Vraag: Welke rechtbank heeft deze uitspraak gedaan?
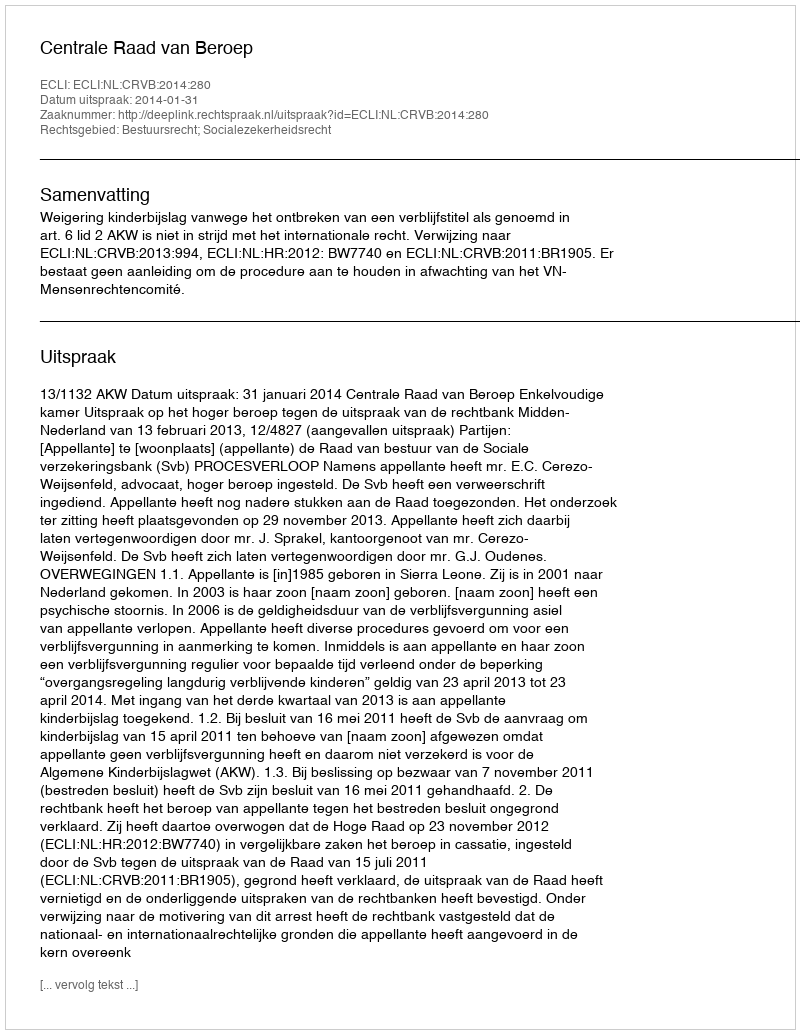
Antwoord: Centrale Raad van Beroep